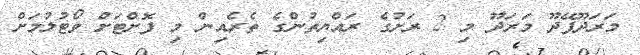
މަރަދޫފޭދޫ މަރަދޫ މި 2 ރަށުގެ ރައްޔިތުންގެ ތެރެއިން މި ފޮށްޓަށް ވޯޓުލުމަށް